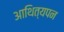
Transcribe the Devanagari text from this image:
आथित्यपन